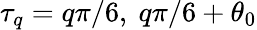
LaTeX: \tau_{q}=q{\pi}/{6},\ q{\pi}/{6}+\theta_{0}